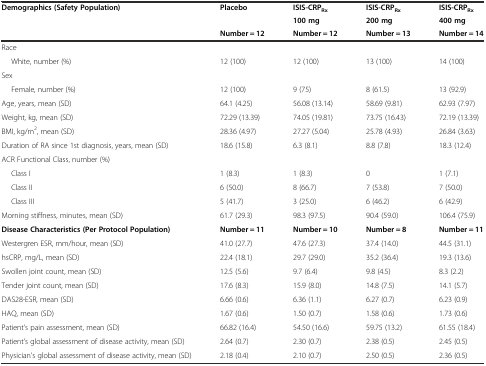
<table><thead><tr><td rowspan="3"><b>Demographics (Safety Population)</b></td><td><b>Placebo</b></td><td><b>ISIS-CRP<sub>Rx</sub></b></td><td><b>ISIS-CRP<sub>Rx</sub></b></td><td><b>ISIS-CRP<sub>Rx</sub></b></td></tr><tr><td></td><td><b>100 mg</b></td><td><b>200 mg</b></td><td><b>400 mg</b></td></tr><tr><td><b>Number = 12</b></td><td><b>Number = 12</b></td><td><b>Number = 13</b></td><td><b>Number = 14</b></td></tr></thead><tbody><tr><td>Race</td><td></td><td></td><td></td><td></td></tr><tr><td>White, number (%)</td><td>12 (100)</td><td>12 (100)</td><td>13 (100)</td><td>14 (100)</td></tr><tr><td>Sex</td><td></td><td></td><td></td><td></td></tr><tr><td>Female, number (%)</td><td>12 (100)</td><td>9 (75)</td><td>8 (61.5)</td><td>13 (92.9)</td></tr><tr><td>Age, years, mean (SD)</td><td>64.1 (4.25)</td><td>56.08 (13.14)</td><td>58.69 (9.81)</td><td>62.93 (7.97)</td></tr><tr><td>Weight, kg, mean (SD)</td><td>72.29 (13.39)</td><td>74.05 (19.81)</td><td>73.75 (16.43)</td><td>72.19 (13.39)</td></tr><tr><td>BMI, kg/m<sup>2</sup>, mean (SD)</td><td>28.36 (4.97)</td><td>27.27 (5.04)</td><td>25.78 (4.93)</td><td>26.84 (3.63)</td></tr><tr><td>Duration of RA since 1st diagnosis, years, mean (SD)</td><td>18.6 (15.8)</td><td>6.3 (8.1)</td><td>8.8 (7.8)</td><td>18.3 (12.4)</td></tr><tr><td>ACR Functional Class, number (%)</td><td></td><td></td><td></td><td></td></tr><tr><td>Class I</td><td>1 (8.3)</td><td>1 (8.3)</td><td>0</td><td>1 (7.1)</td></tr><tr><td>Class II</td><td>6 (50.0)</td><td>8 (66.7)</td><td>7 (53.8)</td><td>7 (50.0)</td></tr><tr><td>Class III</td><td>5 (41.7)</td><td>3 (25.0)</td><td>6 (46.2)</td><td>6 (42.9)</td></tr><tr><td>Morning stiffness, minutes, mean (SD)</td><td>61.7 (29.3)</td><td>98.3 (97.5)</td><td>90.4 (59.0)</td><td>106.4 (75.9)</td></tr><tr><td><b>Disease Characteristics (Per Protocol Population)</b></td><td><b>Number = 11</b></td><td><b>Number = 10</b></td><td><b>Number = 8</b></td><td><b>Number = 11</b></td></tr><tr><td>Westergren ESR, mm/hour, mean (SD)</td><td>41.0 (27.7)</td><td>47.6 (27.3)</td><td>37.4 (14.0)</td><td>44.5 (31.1)</td></tr><tr><td>hsCRP, mg/L, mean (SD)</td><td>22.4 (18.1)</td><td>29.7 (29.0)</td><td>35.2 (36.4)</td><td>19.3 (13.6)</td></tr><tr><td>Swollen joint count, mean (SD)</td><td>12.5 (5.6)</td><td>9.7 (6.4)</td><td>9.8 (4.5)</td><td>8.3 (2.2)</td></tr><tr><td>Tender joint count, mean (SD)</td><td>17.6 (8.3)</td><td>15.9 (8.0)</td><td>14.8 (7.5)</td><td>14.1 (5.7)</td></tr><tr><td>DAS28-ESR, mean (SD)</td><td>6.66 (0.6)</td><td>6.36 (1.1)</td><td>6.27 (0.7)</td><td>6.23 (0.9)</td></tr><tr><td>HAQ, mean (SD)</td><td>1.67 (0.6)</td><td>1.50 (0.7)</td><td>1.58 (0.6)</td><td>1.73 (0.6)</td></tr><tr><td>Patient’s pain assessment, mean (SD)</td><td>66.82 (16.4)</td><td>54.50 (16.6)</td><td>59.75 (13.2)</td><td>61.55 (18.4)</td></tr><tr><td>Patient’s global assessment of disease activity, mean (SD)</td><td>2.64 (0.7)</td><td>2.30 (0.7)</td><td>2.38 (0.5)</td><td>2.45 (0.5)</td></tr><tr><td>Physician’s global assessment of disease activity, mean (SD)</td><td>2.18 (0.4)</td><td>2.10 (0.7)</td><td>2.50 (0.5)</td><td>2.36 (0.5)</td></tr></tbody></table>